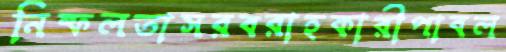
নিষ্ফলতাসরবরাহকারীপাবল